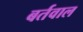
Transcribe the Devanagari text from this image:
बर्तवाल